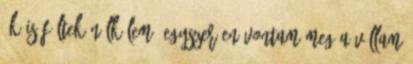
ők is féltek nélkülem. Egyszerűen vontam meg a vállam